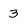
Character: 3